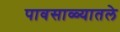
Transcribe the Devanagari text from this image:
पावसाळ्यातले